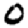
Digit: 0